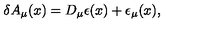
\delta A _ { \mu } ( x ) = D _ { \mu } \epsilon ( x ) + \epsilon _ { \mu } ( x ) ,